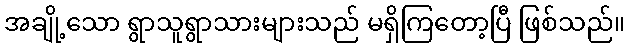
အချို့သော ရွာသူရွာသားများသည် မရှိကြတော့ပြီ ဖြစ်သည်။